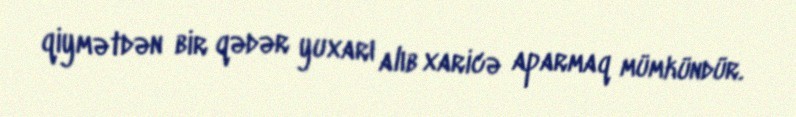
qiymətdən bir qədər yuxarı alıb xaricə aparmaq mümkündür.